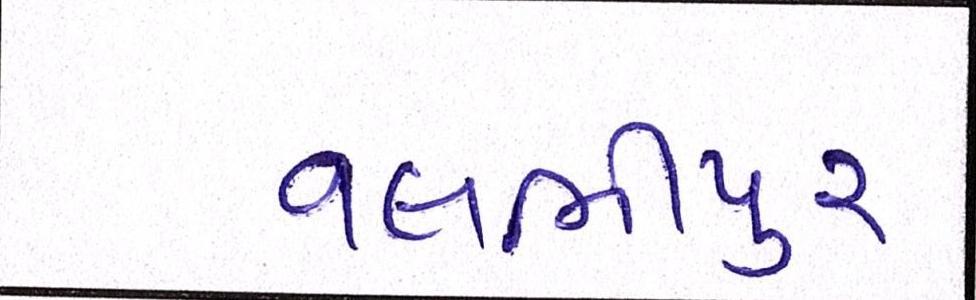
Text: વલભીપુર